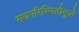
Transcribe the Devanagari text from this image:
सद्यपरिस्थितीमुळे